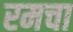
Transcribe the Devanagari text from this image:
रमचा